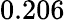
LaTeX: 0.206